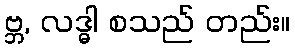
ဗ္ဘ, လဒ္ဓါ စသည် တည်း။